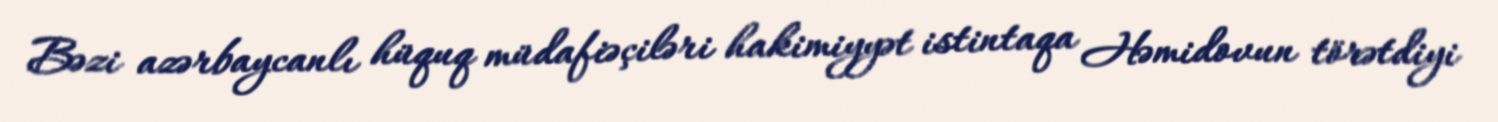
Bəzi azərbaycanlı hüquq müdafiəçiləri hakimiyyət istintaqa Həmidovun törətdiyi